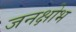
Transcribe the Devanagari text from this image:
जनक्षोभ